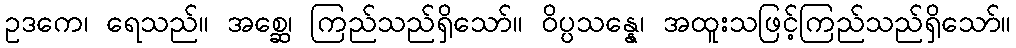
ဥဒကေ၊ ရေသည်။ အစ္ဆေ၊ ကြည်သည်ရှိသော်။ ဝိပ္ပသန္နေ၊ အထူးသဖြင့်ကြည်သည်ရှိသော်။